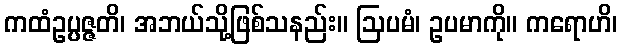
ကထံဥပ္ပဇ္ဇတိ၊ အဘယ်သို့ဖြစ်သနည်း။ ဩပမံ၊ ဥပမာကို။ ကရောဟိ၊